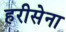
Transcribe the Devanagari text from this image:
हरीसेना